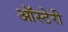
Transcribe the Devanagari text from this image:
ऑस्टेरी